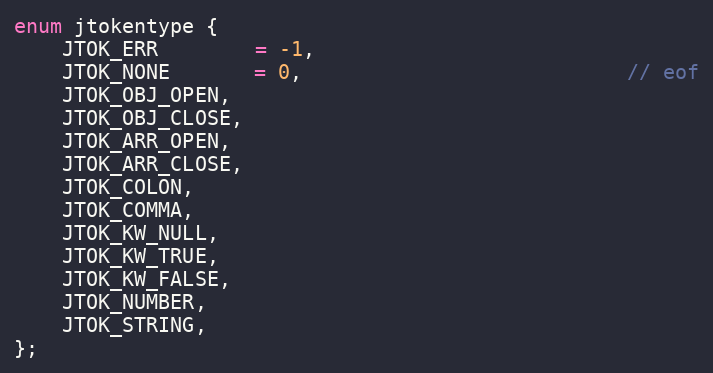
Language: C
enum jtokentype {
    JTOK_ERR        = -1,
    JTOK_NONE       = 0,                           // eof
    JTOK_OBJ_OPEN,
    JTOK_OBJ_CLOSE,
    JTOK_ARR_OPEN,
    JTOK_ARR_CLOSE,
    JTOK_COLON,
    JTOK_COMMA,
    JTOK_KW_NULL,
    JTOK_KW_TRUE,
    JTOK_KW_FALSE,
    JTOK_NUMBER,
    JTOK_STRING,
};